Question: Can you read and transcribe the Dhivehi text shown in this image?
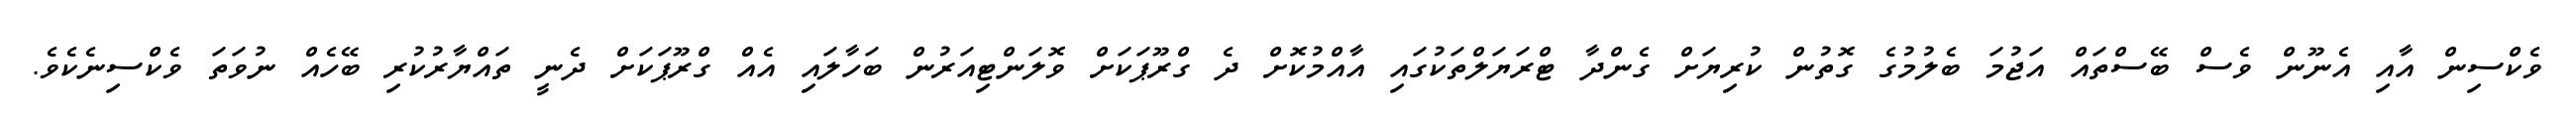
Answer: ވެކްސިން އާއި އެނޫން ވެސް ބޭސްތައް އަޖުމަ ބެލުމުގެ ގޮތުން ކުރިޔަށް ގެންދާ ޓްރަޔަލްތަކުގައި އާއްމުކޮށް ދެ ގްރޫޕަކަށް ވޮލަންޓިއަރުން ބަހާލައި އެއް ގްރޫޕަކަށް ދެނީ ތައްޔާރުކުރި ބޭހެއް ނުވަތަ ވެކްސިނެކެވެ.